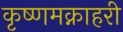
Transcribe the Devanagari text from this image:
कृष्णमक्नाहरी